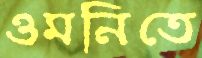
ওমনিতে